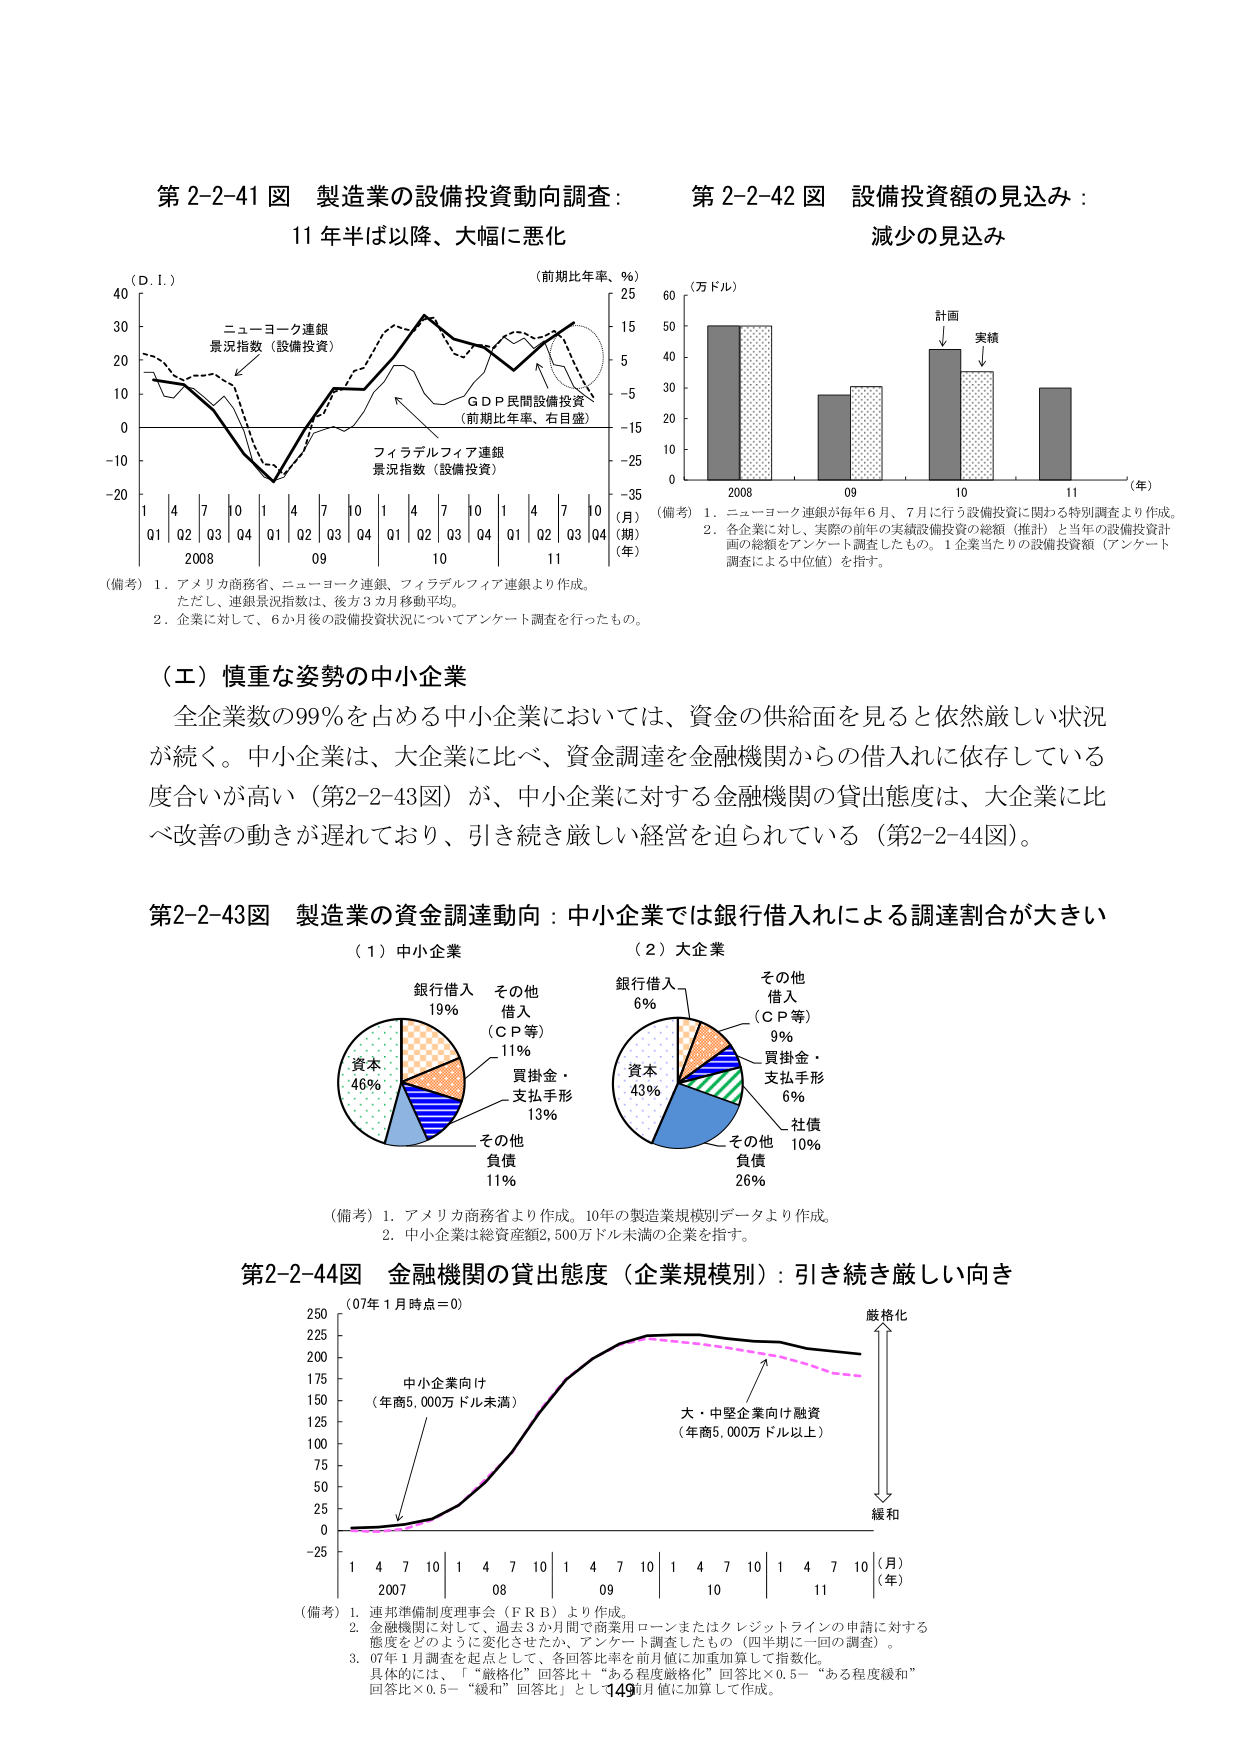
第2-2-41図 製造業の設備投資動向調査：
11年半ば以降、大幅に悪化

（D.I.）
40
30
20
10
0
-10
-20

（前期比年率、％）
25
15
5
-5
-15
-25
-35

（月）
（期）
（年）
1 4 7 10 1 4 7 10 1 4 7 10 1 4 7 10
Q1 Q2 Q3 Q4 Q1 Q2 Q3 Q4 Q1 Q2 Q3 Q4 Q1 Q2 Q3 Q4
2008 09 10 11

ニューヨーク連銀
景況指数（設備投資）
フィラデルフィア連銀
景況指数（設備投資）
GDP民間設備投資
（前期比年率、右目盛）

（備考）1．アメリカ商務省、ニューヨーク連銀、フィラデルフィア連銀より作成。
ただし、連銀景況指数は、後方3か月移動平均。
2．企業に対して、6か月後の設備投資状況についてアンケート調査を行ったもの。

第2-2-42図 設備投資額の見込み：
減少の見込み

（万ドル）
60
50
40
30
20
10
0

計画
実績

2008 09 10 11
（年）

（備考）1．ニューヨーク連銀が毎年6月、7月に行う設備投資に関わる特別調査より作成。
2．各企業に対し、実際の前年の実績設備投資の総額（推計）と当年の設備投資計画の総額をアンケート調査したもの。1企業当たりの設備投資額（アンケート調査による中位値）を指す。

（エ）慎重な姿勢の中小企業
全企業数の99％を占める中小企業においては、資金の供給面を見ると依然厳しい状況が続く。中小企業は、大企業に比べ、資金調達を金融機関からの借入れに依存している度合いが高い（第2-2-43図）が、中小企業に対する金融機関の貸出態度は、大企業に比べ改善の動きが遅れており、引き続き厳しい経営を迫られている（第2-2-44図）。

第2-2-43図 製造業の資金調達動向：中小企業では銀行借入れによる調達割合が大きい

（1）中小企業
銀行借入 19％
その他借入（ＣＰ等） 11％
買掛金・支払手形 13％
その他負債 11％
資本 46％

（2）大企業
銀行借入 6％
その他借入（ＣＰ等） 9％
買掛金・支払手形 6％
社債 10％
その他負債 26％
資本 43％

（備考）1．アメリカ商務省より作成。10年の製造業規模別データより作成。
2．中小企業は総資産額2,500万ドル未満の企業を指す。

第2-2-44図 金融機関の貸出態度（企業規模別）：引き続き厳しい向き

（07年1月時点＝0）
250
225
200
175
150
125
100
75
50
25
0
-25

1 4 7 10 1 4 7 10 1 4 7 10 1 4 7 10 1 4 7 10
2007 08 09 10 11
（月）
（年）

中小企業向け
（年商5,000万ドル未満）
大・中堅企業向け融資
（年商5,000万ドル以上）

厳格化
緩和

（備考）1．連邦準備制度理事会（ＦＲＢ）より作成。
2．金融機関に対して、過去3か月間で商業用ローンまたはクレジットラインの申請に対する態度をどのように変化させたか、アンケート調査したもの（四半期に一回の調査）。
3．07年1月調査を起点として、各回答比率を前月値に加重加算して指数化。
具体的には、「“厳格化”回答比＋“ある程度厳格化”回答比×0.5－“ある程度緩和”回答比×0.5－“緩和”回答比」として前月値に加算して作成。

149